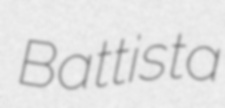
Battista